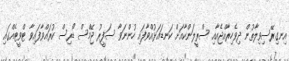
އިނގިރޭސިވިލާތުން ދިވެހިރާއްޖެއާއި ސްރީލަންކާއަށް ކަނޑައަޅުއްވާފައި ހުންނަވާ ސަފީރު ޖޭމްސް ޑޯރިސް ކުރައްވާފައިވާ ޓްވީޓެއްގައި